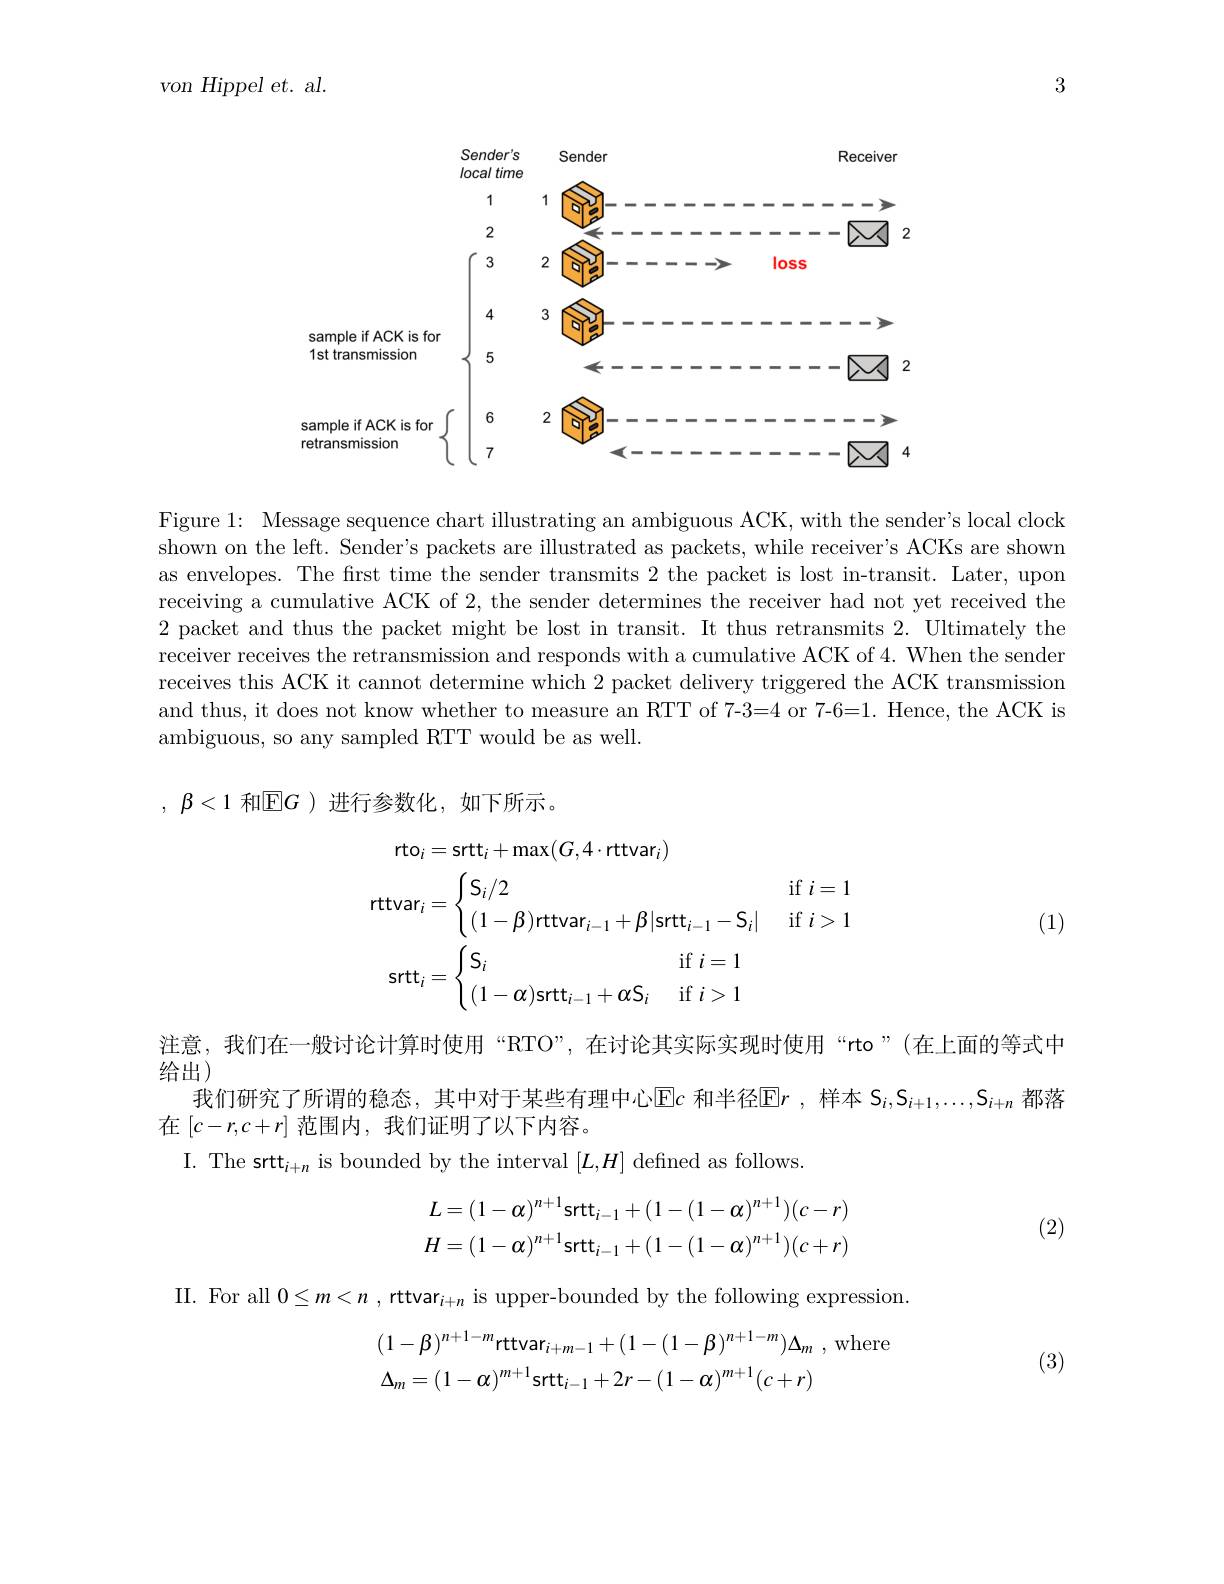
3

von Hippel et. al.

<FigureHere>

Figure 1: Message sequence chart illustrating an ambiguous ACK, with the sender's local clock shown on the left. Sender's packets are illustrated as packets, while receiver's ACKs are shown as envelopes. The first time the sender transmits 2 the packet is lost in-transit. Later, upon receiving a cumulative ACK of 2, the sender determines the receiver had not yet received the 2 packet and thus the packet might be lost in transit. It thus retransmits 2. Ultimately the receiver receives the retransmission and responds with a cumulative ACK of 4. When the sender receives this ACK it cannot determine which 2 packet delivery triggered the ACK transmission and thus, it does not know whether to measure an RTT of 7-3=4 or 7-6=1. Hence, the ACK is ambiguous, so any sampled RTT would be as well.

, $\beta < 1$ 和$\mathbb{E}G$ )进行参数化，如下所示。
$$\begin{aligned}\text{rto}_{i}&=\mathrm{srtt}_i+\max(G,4\cdot\mathrm{rttvar}_i)\\\text{rttvar}_{i}&=\begin{cases}\mathsf{S}_i/2&\mathrm{~if~}i=1\\(1-\beta)\text{rttvar}_{i-1}+\beta|\text{srtt}_{i-1}-\mathsf{S}_i|&\mathrm{~if~}i>1\end{cases}\\\text{srtt}_{i}&=\begin{cases}\mathsf{S}_i&\mathrm{~if~}i=1\\(1-\alpha)\text{srtt}_{i-1}+\alpha\mathsf{S}_i&\mathrm{~if~}i>1\end{cases}\end{aligned}$$
(1)

注意，我们在一般讨论计算时使用“RTO”,在讨论其实际实现时使用“rto”(在上面的等式中
给出)
我们研究了所谓的稳态，其中对于某些有理中心$\operatorname{E}c$ 和半径$\operatorname{E}r$ ,样本 $S_i,S_{i+1},\ldots,S_{i+n}$ 都落
在$[c-r,c+r]$范围内，我们证明了以下内容。

I. The srtt$_i+n$ is bounded by the interval $[L,H]$ defined as follows.
$$L=(1-\alpha)^{n+1}\mathrm{srtt}_{i-1}+(1-(1-\alpha)^{n+1})(c-r)\\H=(1-\alpha)^{n+1}\mathrm{srtt}_{i-1}+(1-(1-\alpha)^{n+1})(c+r)$$
(2)

II. For all $0\leq m<n$ , rttvar$_i+n$ is upper-bounded by the following expression
$$\begin{aligned}&(1-\beta)^{n+1-m}\text{rttvar}_{i+m-1}+(1-(1-\beta)^{n+1-m})\Delta_{m}\text{ , where}\\&\Delta_{m}=(1-\alpha)^{m+1}\text{srtt}_{i-1}+2r-(1-\alpha)^{m+1}(c+r)\end{aligned}$$
(3)